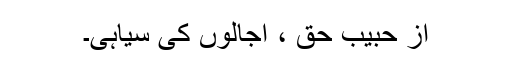
از حبیب حق ، اجالوں کی سیاہی۔